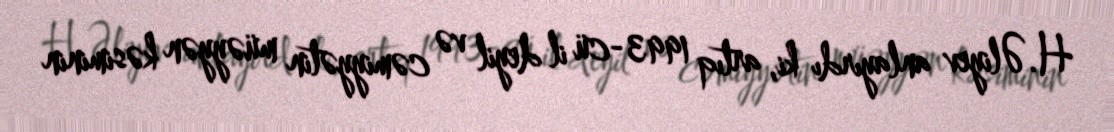
H.Əliyev anlayırdı ki, artıq 1993-cü il deyil və cəmiyyətin müəyyən kəsiminin